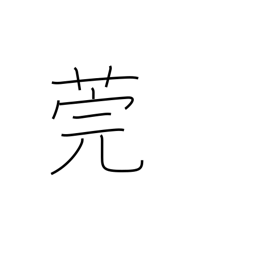
Meaning: reed used to cover tatami